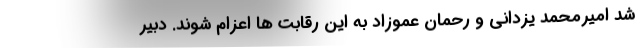
شد امیرمحمد یزدانی و رحمان عموزاد به این رقابت ها اعزام شوند. دبیر